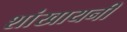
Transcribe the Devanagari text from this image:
शांखायनी